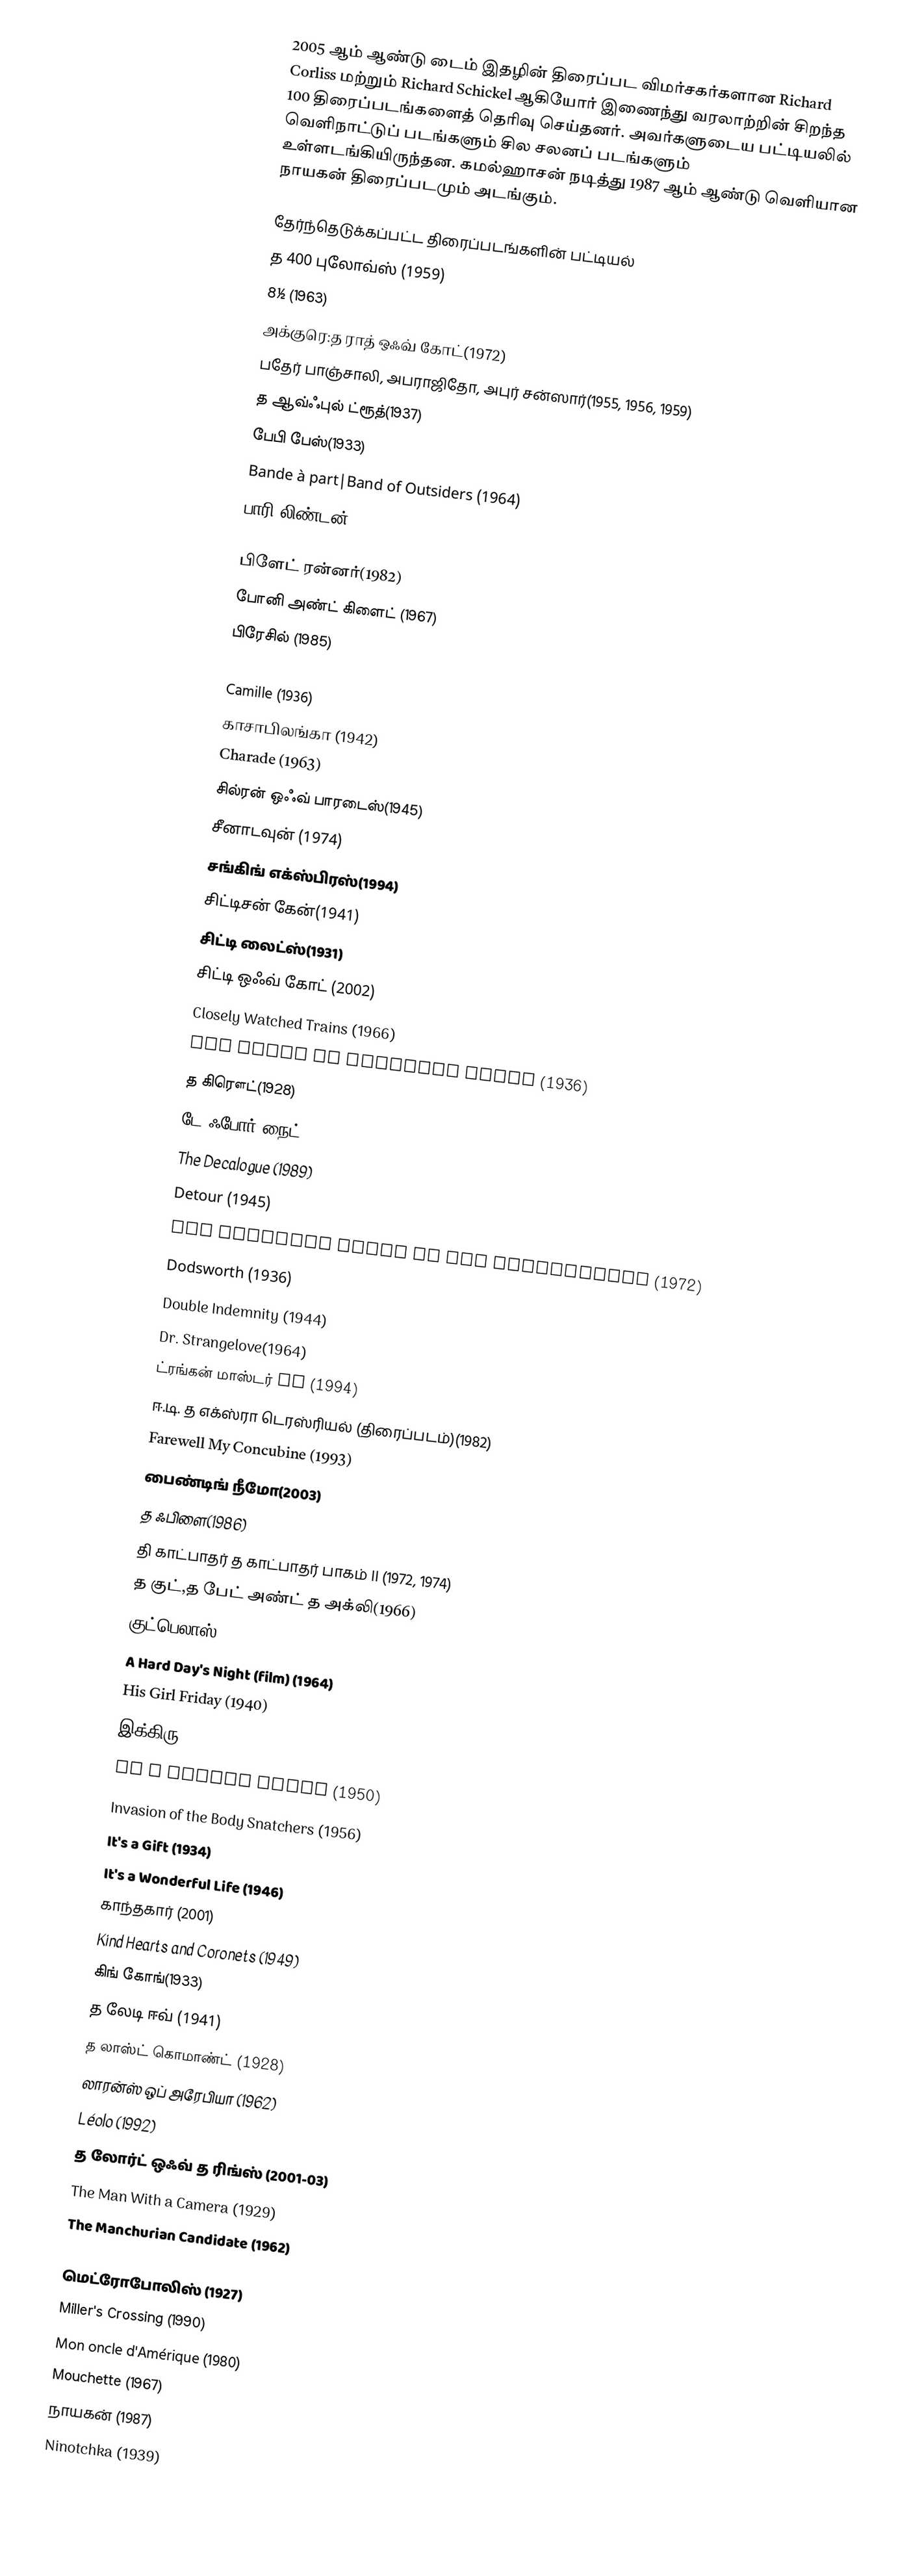
2005 ஆம் ஆண்டு டைம் இதழின் திரைப்பட விமர்சகர்களான Richard Corliss மற்றும் Richard Schickel ஆகியோர் இணைந்து வரலாற்றின் சிறந்த 100 திரைப்படங்களைத் தெரிவு செய்தனர். அவர்களுடைய பட்டியலில் வெளிநாட்டுப் படங்களும் சில சலனப் படங்களும் உள்ளடங்கியிருந்தன. கமல்ஹாசன் நடித்து 1987 ஆம் ஆண்டு வெளியான நாயகன் திரைப்படமும் அடங்கும்.

தேர்ந்தெடுக்கப்பட்ட திரைப்படங்களின் பட்டியல்
 த 400 புலோவ்ஸ் (1959)
 8½ (1963)
 அக்குரெ:த ராத் ஒஃவ் கோட்(1972)
 பதேர் பாஞ்சாலி, அபராஜிதோ, அபுர் சன்ஸார்(1955, 1956, 1959)
 த ஆவ்ஃபுல் ட்ரூத்(1937)
 பேபி பேஸ்(1933)
 Bande à part|Band of Outsiders (1964)
 பாரி லிண்டன்(1975)
 Berlin Alexanderplatz (1980)
 பிளேட் ரன்னர்(1982)
 போனி அண்ட் கிளைட் (1967)
 பிரேசில் (1985)
 Bride of Frankenstein (1935)
 Camille (1936)
 காசாபிலங்கா (1942)
 Charade (1963)
 சில்ரன் ஒஃவ் பாரடைஸ்(1945)
 சீனாடவுன் (1974)
 சங்கிங் எக்ஸ்பிரஸ்(1994)
 சிட்டிசன் கேன்(1941)
 சிட்டி லைட்ஸ்(1931)
 சிட்டி ஒஃவ் கோட் (2002)
 Closely Watched Trains (1966)
 The Crime of Monsieur Lange (1936)
 த கிரௌட்(1928)
 டே ஃபோர் நைட்(1973)
 The Decalogue (1989)
 Detour (1945)
 The Discreet Charm of the Bourgeoisie (1972)
 Dodsworth (1936)
 Double Indemnity (1944)
 Dr. Strangelove(1964)
 ட்ரங்கன் மாஸ்டர் II (1994)
 ஈ.டி. த எக்ஸ்ரா டெரஸ்ரியல் (திரைப்படம்)(1982)
 Farewell My Concubine (1993)
 பைண்டிங் நீமோ(2003)
 த ஃபிளை(1986)
 தி காட்பாதர் த காட்பாதர் பாகம் II (1972, 1974)
 த குட்,த பேட் அண்ட் த அக்லி(1966)
 குட்பெலாஸ் (1990)
 A Hard Day's Night (film) (1964)
 His Girl Friday (1940)
 இக்கிரு (1952)
 In a Lonely Place (1950)
 Invasion of the Body Snatchers (1956)
 It's a Gift (1934)
 It's a Wonderful Life (1946)
 காந்தகார் (2001)
 Kind Hearts and Coronets (1949)
 கிங் கோங்(1933)
 த லேடி ஈவ் (1941)
 த லாஸ்ட் கொமாண்ட் (1928)
 லாரன்ஸ் ஒப் அரேபியா (1962)
 Léolo (1992)
 த லோர்ட் ஒஃவ் த ரிங்ஸ் (2001-03)
 The Man With a Camera (1929)
 The Manchurian Candidate (1962)
 Meet Me in St. Louis (1944)
 மெட்ரோபோலிஸ் (1927)
 Miller's Crossing (1990)
 Mon oncle d'Amérique (1980)
 Mouchette (1967)
 நாயகன் (1987)
 Ninotchka (1939)